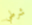
شرطي